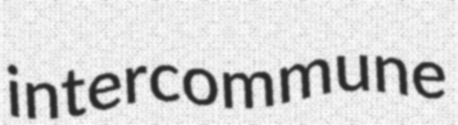
intercommune